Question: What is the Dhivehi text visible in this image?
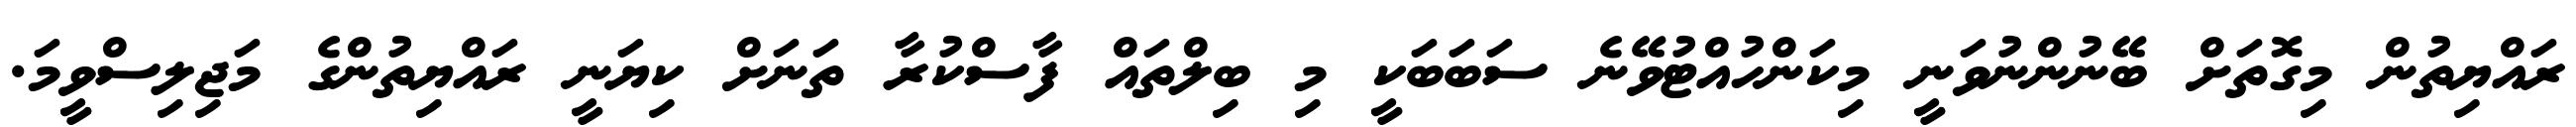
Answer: ރައްޔިތުން މިގޮތަށް ބޭނުންނުވަނީ މިކަންހުއްޓުވޭނެ ސަބަބަކީ މި ބިލްތައް ފާސްކުރާ ތަނަށް ކިޔަނީ ރައްޔިތުންގެ މަޖިލިސްވީމަ.